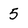
Character: 5